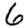
Digit: 6